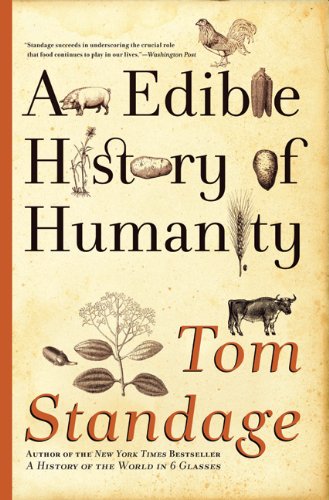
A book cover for An Edible History of Humanity; Tom Standage; Cookbooks, Food & Wine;